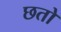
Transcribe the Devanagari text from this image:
छतो